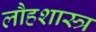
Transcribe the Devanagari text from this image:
लौहशास्त्र